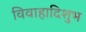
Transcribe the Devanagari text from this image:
विवाहादिशुभ